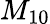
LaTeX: M_{10}